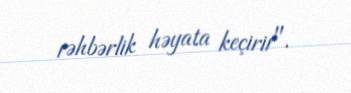
rəhbərlik həyata keçirir".